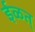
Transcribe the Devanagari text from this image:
ईळत्